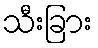
သီးခြား